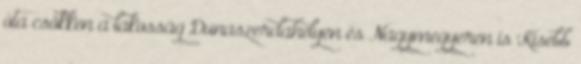
óta csökken a lakosság Dunaszerdahelyen és Nagymegyeren is Kisebb